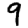
Digit: 9